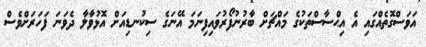
އަވަސްގޮތެއްގައި އެ އިޙްސާސްތަކުގެ މައްޗަށް ބާރުނުފޯރުވައިފިނަމަ އޭނަގެ ސިކުނޑިއަށް އޮޅުވާލާ ދެވަނަ ފަހަރަށްވެސް